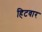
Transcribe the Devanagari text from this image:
हिटवार